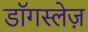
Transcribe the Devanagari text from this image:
डॉगस्लेज़